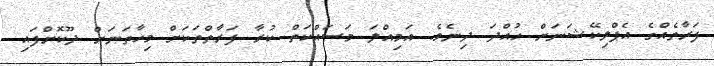
ފަރާތެއްގެ އެޕްލިކޭޝަނަށް ހުއްދަ ދިނެވެ. އަމިއްލަ މަސައްކަތް ކުރާ ފަރާތްތަކަށް މިހާތަނަށް ދޫކޮށްފައި